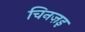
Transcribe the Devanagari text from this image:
चिनज़इ